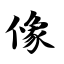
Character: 像